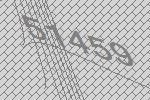
51459